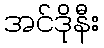
အင်ဒိုနီး